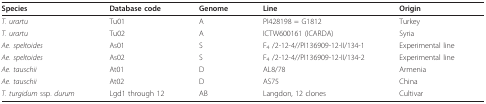
<table><thead><tr><td><b>Species</b></td><td><b>Database code</b></td><td><b>Genome</b></td><td><b>Line</b></td><td><b>Origin</b></td></tr></thead><tbody><tr><td><i>T. urartu</i></td><td>Tu01</td><td>A</td><td>PI428198 = G1812</td><td>Turkey</td></tr><tr><td><i>T. urartu</i></td><td>Tu02</td><td>A</td><td>ICTW600161 (ICARDA)</td><td>Syria</td></tr><tr><td><i>Ae. speltoides</i></td><td>As01</td><td>S</td><td>F<sub>4 </sub>/2-12-4//PI136909-12-II/134-1</td><td>Experimental line</td></tr><tr><td><i>Ae. speltoides</i></td><td>As02</td><td>S</td><td>F<sub>4 </sub>/2-12-4//PI136909-12-II/134-2</td><td>Experimental line</td></tr><tr><td><i>Ae. tauschii</i></td><td>At01</td><td>D</td><td>AL8/78</td><td>Armenia</td></tr><tr><td><i>Ae. tauschii</i></td><td>At02</td><td>D</td><td>AS75</td><td>China</td></tr><tr><td><i>T. turgidum </i>ssp. <i>durum</i></td><td>Lgd1 through 12</td><td>AB</td><td>Langdon, 12 clones</td><td>Cultivar</td></tr></tbody></table>